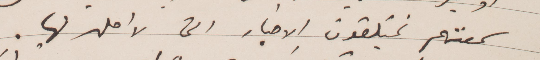
سمعتهم يتلقون الاخبار التي لا اصل لها.